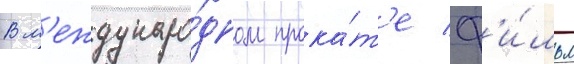
В м'еждунаро́дном прока́т'е ф'и́льм